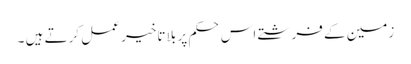
زمین کے فرشتے اس حکم پر بلا تاخیر عمل کرتے ہیں ۔